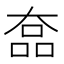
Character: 𡙗